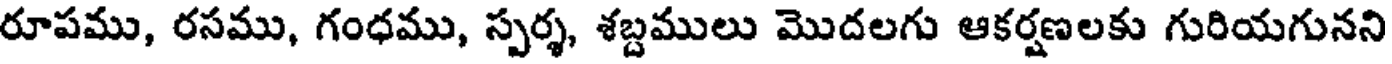
రూపము, రసము, గంధము, స్పర్శ, శబ్దములు మొదలగు ఆకర్షణలకు గురియగునని